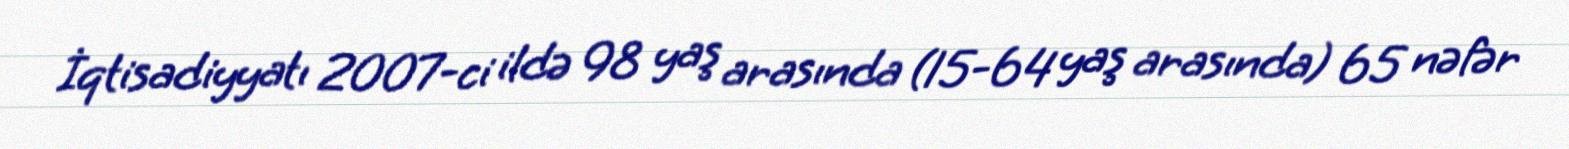
İqtisadiyyatı 2007-ci ildə 98 yaş arasında (15-64 yaş arasında) 65 nəfər